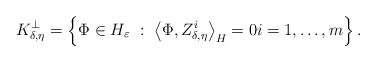
\begin{align*}K_{\delta,\eta}^{\bot}=\left\{ \Phi\in H_\varepsilon\ :\ \left\langle \Phi,Z_{\delta,\eta}^{i}\right\rangle _{H}=0i=1,\dots,m\right\} .\end{align*}